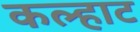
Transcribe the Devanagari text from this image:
कल्हाट